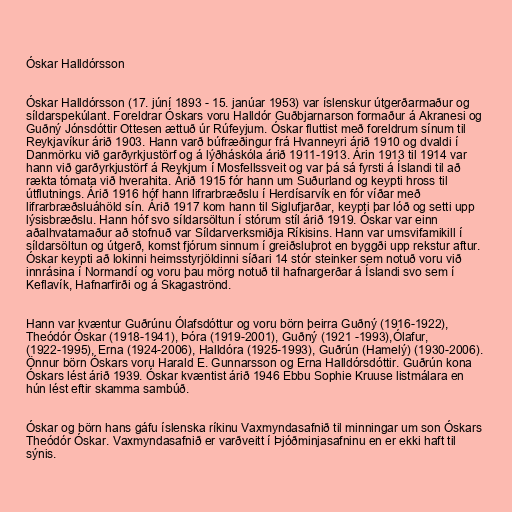
Óskar Halldórsson

Óskar Halldórsson (17. júní 1893 - 15. janúar 1953) var íslenskur útgerðarmaður og
síldarspekúlant. Foreldrar Óskars voru Halldór Guðbjarnarson formaður á Akranesi og
Guðný Jónsdóttir Ottesen ættuð úr Rúfeyjum. Óskar fluttist með foreldrum sínum til
Reykjavíkur árið 1903. Hann varð búfræðingur frá Hvanneyri árið 1910 og dvaldi í
Danmörku við garðyrkjustörf og á lýðháskóla árið 1911-1913. Árin 1913 til 1914 var
hann við garðyrkjustörf á Reykjum í Mosfellssveit og var þá sá fyrsti á Íslandi til að
rækta tómata við hverahita. Árið 1915 fór hann um Suðurland og keypti hross til
útflutnings. Árið 1916 hóf hann lifrarbræðslu í Herdísarvík en fór víðar með
lifrarbræðsluáhöld sín. Árið 1917 kom hann til Siglufjarðar, keypti þar lóð og setti upp
lýsisbræðslu. Hann hóf svo síldarsöltun í stórum stíl árið 1919. Óskar var einn
aðalhvatamaður að stofnuð var Síldarverksmiðja Ríkisins. Hann var umsvifamikill í
síldarsöltun og útgerð, komst fjórum sinnum í greiðsluþrot en byggði upp rekstur aftur.
Óskar keypti að lokinni heimsstyrjöldinni síðari 14 stór steinker sem notuð voru við
innrásina í Normandí og voru þau mörg notuð til hafnargerðar á Íslandi svo sem í
Keflavík, Hafnarfirði og á Skagaströnd.

Hann var kvæntur Guðrúnu Ólafsdóttur og voru börn þeirra Guðný (1916-1922),
Theódór Óskar (1918-1941), Þóra (1919-2001), Guðný (1921 -1993),Ólafur,
(1922-1995), Erna (1924-2006), Halldóra (1925-1993), Guðrún (Hamelý) (1930-2006).
Önnur börn Óskars voru Harald E. Gunnarsson og Erna Halldórsdóttir. Guðrún kona
Óskars lést árið 1939. Óskar kvæntist árið 1946 Ebbu Sophie Kruuse listmálara en
hún lést eftir skamma sambúð.

Óskar og börn hans gáfu íslenska ríkinu Vaxmyndasafnið til minningar um son Óskars
Theódór Óskar. Vaxmyndasafnið er varðveitt í Þjóðminjasafninu en er ekki haft til
sýnis.